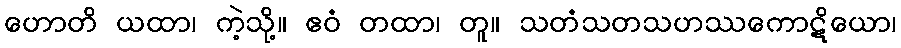
ဟောတိ ယထာ၊ ကဲ့သို့။ ဧဝံ တထာ၊ တူ။ သတံသတသဟဿကောဋိယော၊